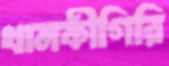
খানকীগিরি